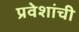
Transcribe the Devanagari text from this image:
प्रवेशांची